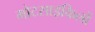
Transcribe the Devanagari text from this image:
मोटसाइकिलों